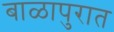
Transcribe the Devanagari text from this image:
बाळापुरात